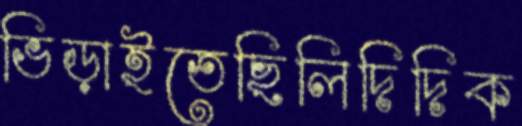
ভিড়াইতেছিলিদিদিক